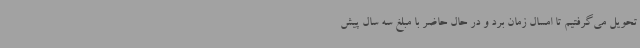
تحویل می‌گرفتیم تا امسال زمان برد و در حال حاضر با مبلغ‌ سه سال پیش